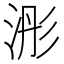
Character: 浵